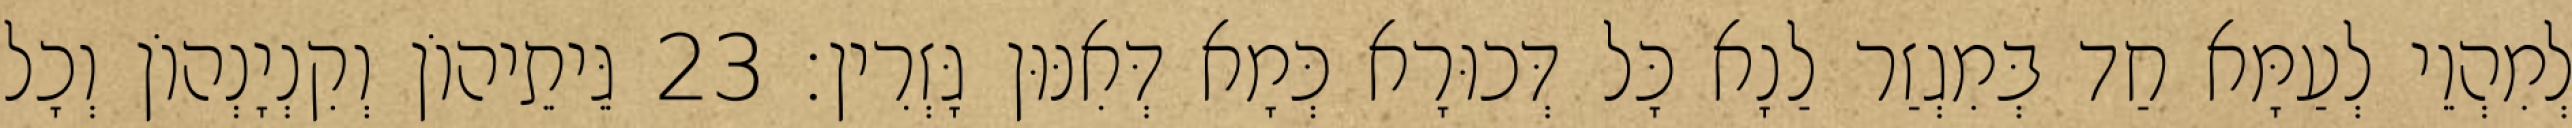
לְמִהְוֵי לְעַמָּא חַד בְּמִגְזַר לַנָא כָּל דְּכוּרָא כְּמָא דְּאִנּוּן גָּזְרִין׃ 23 גֵּיתֵיהוֹן וְקִנְיָנְהוֹן וְכָל